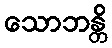
သောဘန္တိ